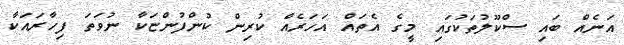
އަނެއް ބައި ސްކޫލުތަކުގައި މީގެ އެތައް އަހަރެއް ކުރިން ކުންފުންޏަކާ ނުވަތަ ފިހާރައަކާ